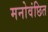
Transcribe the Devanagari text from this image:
मनोवंछित